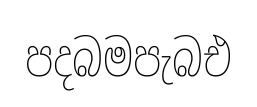
පදබමපැබඑ